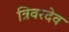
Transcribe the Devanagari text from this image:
त्रिवरदेव